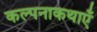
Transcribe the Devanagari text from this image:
कल्पनाकथाएँ